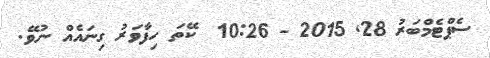
ސެޕްޓެމްބަރު 28